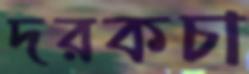
দরকচা